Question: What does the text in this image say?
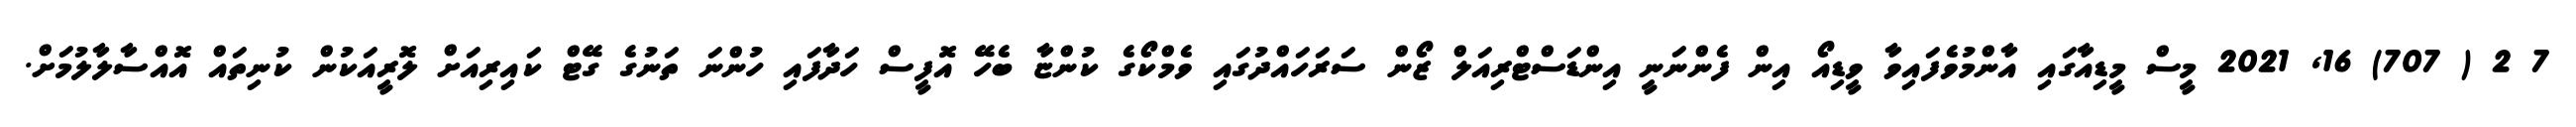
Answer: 7 2 ( 707) 16, 2021 މީސް މީޑިއާގައި އާންމުވެފައިވާ ވީޑިއޯ އިން ފެންނަނީ އިންޑަސްޓްރިއަލް ޒޯން ސަރަހައްދުގައި ވެމްކޯގެ ކުންޏާ ބެހޭ އޮފީސް ހަދާފައި ހުންނަ ތަނުގެ ގޭޓް ކައިރިއަށް ލޮރީއަކުން ކުނިތައް އޮއްސާލާލުމަށް.